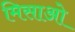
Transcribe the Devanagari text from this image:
मिसाओ